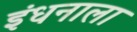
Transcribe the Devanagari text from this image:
इंधनाला